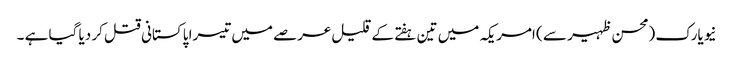
نیویارک (محسن ظہیر سے ) امریکہ میں تین ہفتے کے قلیل عرصے میں تیسرا پاکستانی قتل کر دیا گیا ہے ۔